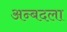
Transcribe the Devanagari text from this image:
अन्बदला